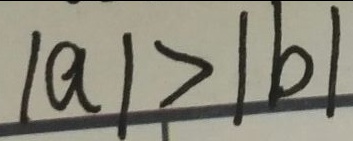
\vert a \vert > \vert b \vert